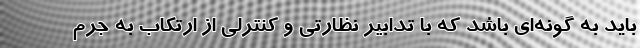
باید به گونه‌ای باشد که با تدابیر نظارتی و کنترلی از ارتکاب به جرم